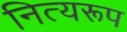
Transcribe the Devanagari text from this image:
नित्यरूप